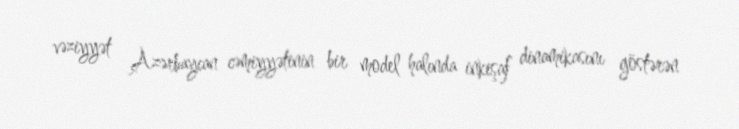
vəziyyət Azərbaycan cəmiyyətinin bir model halında inkişaf dinamikasını göstərən